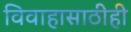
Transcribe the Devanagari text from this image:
विवाहासाठीही